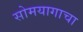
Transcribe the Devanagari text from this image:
सोमयागाचा